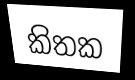
කිතක